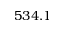
5 3 4 . 1